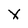
Character: X